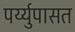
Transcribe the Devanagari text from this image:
पर्य्युपासत